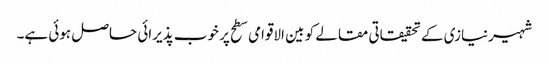
شہیرنیازی کے تحقیقاتی مقالے کو بین الاقوامی سطح پر خوب پذیرائی حاصل ہوئی ہے۔